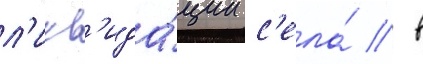
л'икв'ида́ции с'ела́ / в